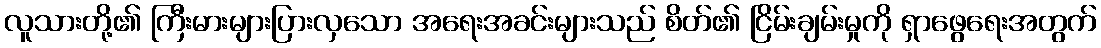
လူသားတို့၏ ကြီးမားများပြားလှသော အရေးအခင်းများသည် စိတ်၏ ငြိမ်းချမ်းမှုကို ရှာဖွေရေးအတွက်